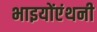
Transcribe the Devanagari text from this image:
भाइयोंएंथनी